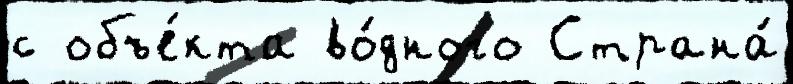
с объе́кта во́дного Страна́